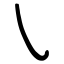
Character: ㇂